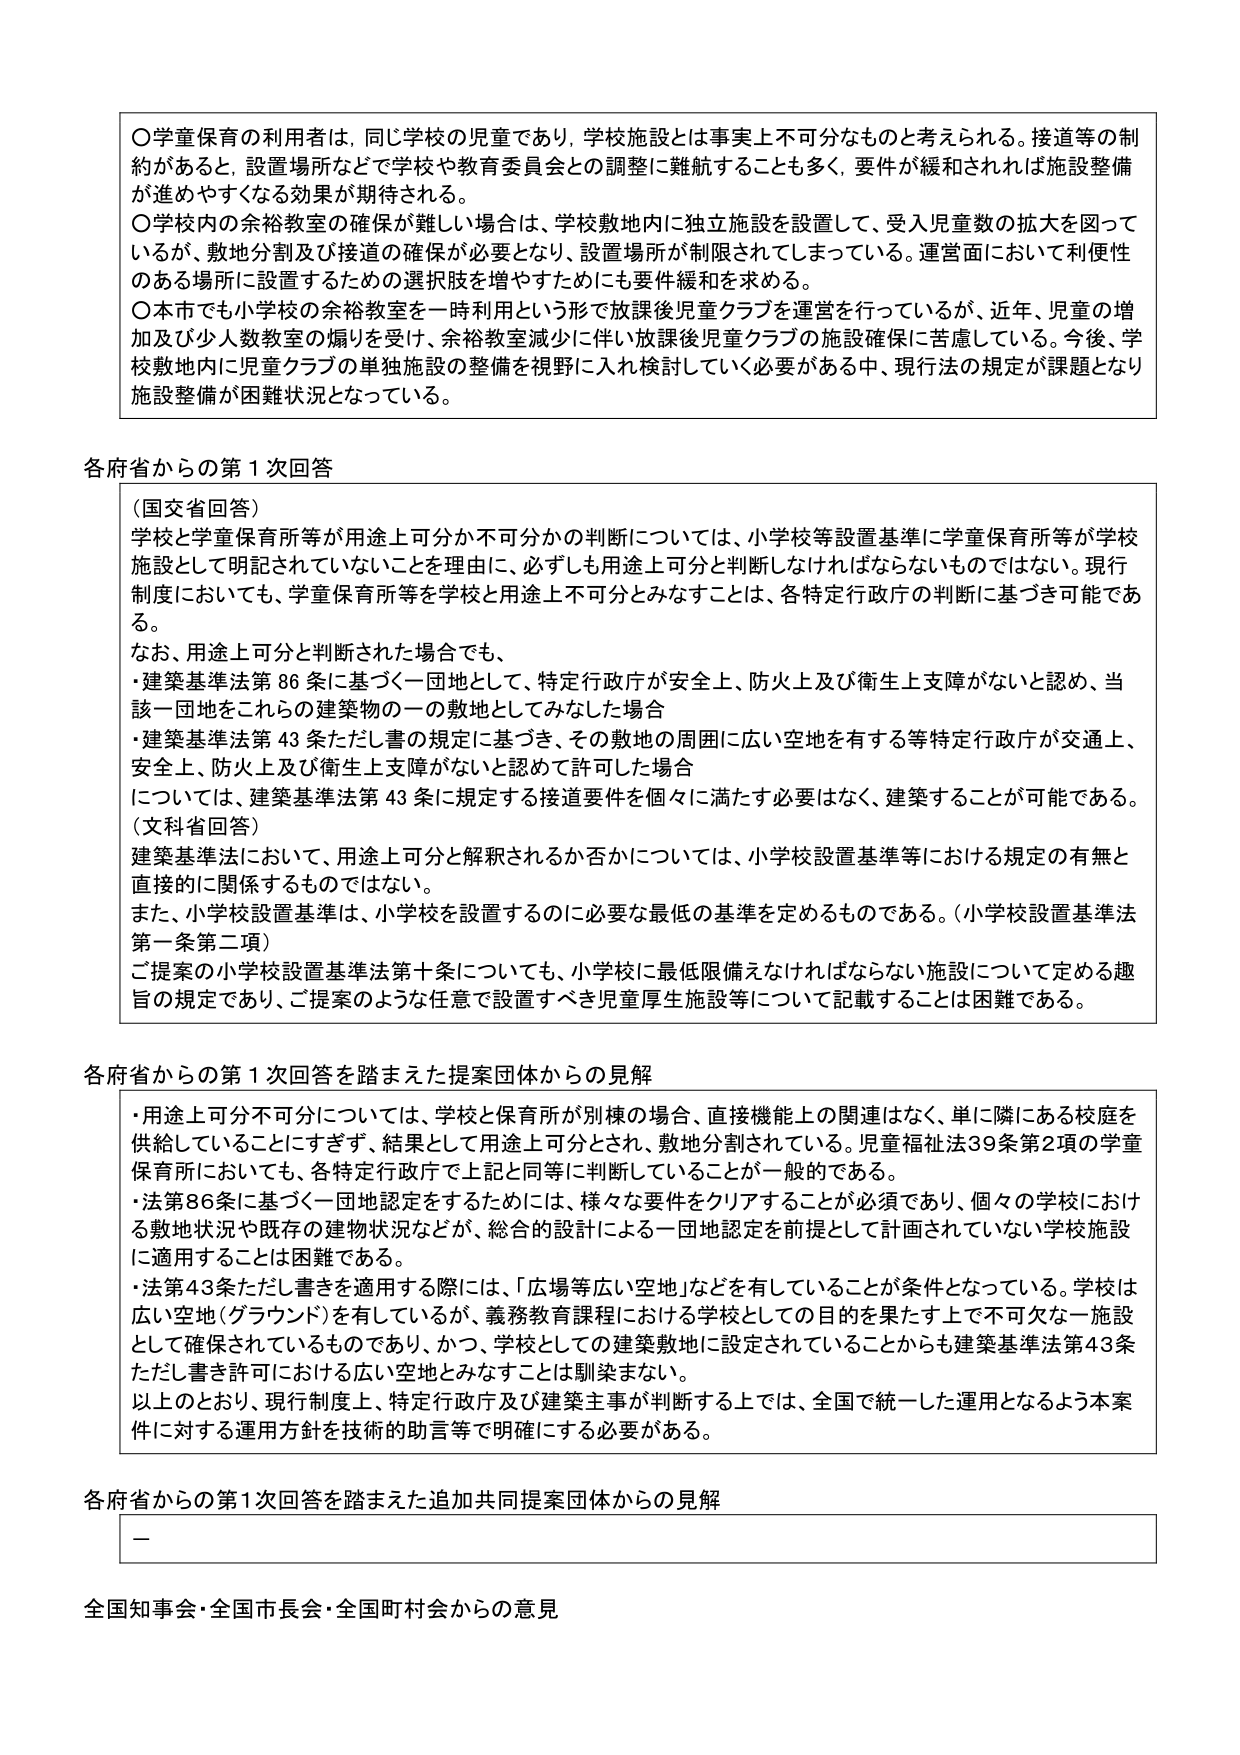
〇学童保育の利用者は、同じ学校の児童であり、学校施設とは事実上不可分なものと考えられる。接道等の制約があると、設置場所などで学校や教育委員会との調整に難航することも多く、要件が緩和されれば施設整備が進めやすくなる効果が期待される。

〇学校内の余裕教室の確保が難しい場合は、学校敷地内に独立施設を設置して、受入児童数の拡大を図っているが、敷地分割及び接道の確保が必要となり、設置場所が制限されてしまっている。運営面において利便性のある場所に設置するための選択肢を増やすためにも要件緩和を求める。

〇本市でも小学校の余裕教室を一時利用という形で放課後児童クラブを運営を行っているが、近年、児童の増加及び少人数教室の煽りを受け、余裕教室減少に伴い放課後児童クラブの施設確保に苦慮している。今後、学校敷地内に児童クラブの単独施設の整備を視野に入れ検討していく必要がある中、現行法の規定が課題となり施設整備が困難状況となっている。

各府省からの第1次回答

（国交省回答）
学校と学童保育所等が用途上可分か不可分かの判断については、小学校等設置基準に学童保育所等が学校施設として明記されていないことを理由に、必ずしも用途上可分と判断しなければならないものではない。現行制度においても、学童保育所等を学校と用途上不可分とみなすことは、各特定行政庁の判断に基づき可能である。

なお、用途上可分と判断された場合でも、
・建築基準法第86条に基づく一団地として、特定行政庁が安全上、防火上及び衛生上支障がないと認め、当該一団地をこれらの建築物の一つの敷地としてみなした場合
・建築基準法第43条ただし書の規定に基づき、その敷地の周囲に広い空地を有する等特定行政庁が交通上、安全上、防火上及び衛生上支障がないと認めて許可した場合
については、建築基準法第43条に規定する接道要件を個々に満たす必要はなく、建築することが可能である。

（文科省回答）
建築基準法において、用途上可分と解釈されるか否かについては、小学校設置基準等における規定の有無と直接的に関係するものではない。

また、小学校設置基準は、小学校を設置するのに必要な最低の基準を定めるものである。（小学校設置基準法第一条第二項）

ご提案の小学校設置基準法第十条についても、小学校に最低限備えなければならない施設について定める趣旨の規定であり、ご提案のような任意で設置すべき児童厚生施設等について記載することは困難である。

各府省からの第1次回答を踏まえた提案団体からの見解

・用途上可分不可分については、学校と保育所が別棟の場合、直接機能上の関連はなく、単に隣にある校庭を供給していることにすぎず、結果として用途上可分とされ、敷地分割されている。児童福祉法39条第2項の学童保育所においても、各特定行政庁で上記と同等に判断していることが一般的である。

・法第86条に基づく一団地認定をするためには、様々な要件をクリアすることが必須であり、個々の学校における敷地状況や既存の建物状況などが、総合的設計による一団地認定を前提として計画されていない学校施設に適用することは困難である。

・法第43条ただし書を適用する際には、「広場等広い空地」などを有していることが条件となっている。学校は広い空地（グラウンド）を有しているが、義務教育課程における学校としての目的を果たす上で不可欠な施設として確保されているものであり、かつ、学校としての建築敷地に設定されていることからも建築基準法第43条ただし書を許可における広い空地とみなすことは馴染まない。

以上のとおり、現行制度上、特定行政庁及び建築主事が判断する上では、全国で統一した運用となるよう本案件に対する運用方針を技術的助言等で明確にする必要がある。

各府省からの第1次回答を踏まえた追加共同提案団体からの見解

－

全国知事会・全国市長会・全国町村会からの意見